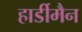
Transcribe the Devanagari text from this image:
हार्डीमैन